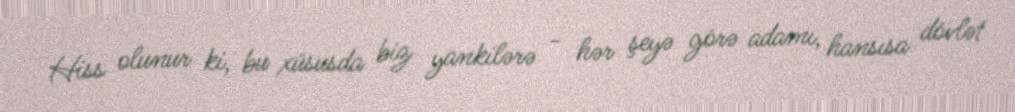
Hiss olunur ki, bu xüsusda biz yankilərə - hər şeyə görə adamı, hansısa dövlət